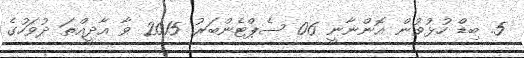
5. ބިޑް ހުޅުވުން އޮންނާނީ 06 ސެޕްޓެންބަރު 2015 ވާ އާދީއްތަ ދުވަހުގެ